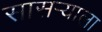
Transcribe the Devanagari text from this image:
सासर्‍याला